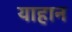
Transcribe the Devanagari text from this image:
याहान